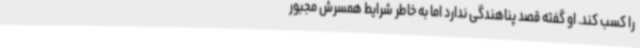
را کسب کند. او گفته قصد پناهندگی ندارد اما به خاطر شرایط همسرش مجبور